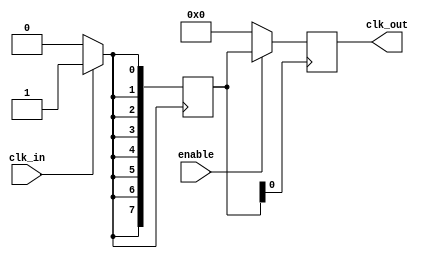
module clock_buffer (
    input  wire clk_in,       // Incoming clock signal
    input  wire enable,       // Enable signal for the output
    output reg  [N-1:0] clk_out // High fanout clock outputs 
);

// Parameter for number of outputs and other configurations
parameter N = 8; // Number of clock outputs
parameter DELAY = 2; // Propagation delay in time units (can be adjusted)

// Internal signal for the conditioned clock signal
reg clk_conditioned;

// Input Buffer (Schmitt Trigger like behavior)
always @* begin
    // Simple conditioning logic with hysteresis simulation
    if (clk_in) begin
        clk_conditioned <= 1'b1;
    end else begin
        clk_conditioned <= 1'b0;
    end
end

// Fanout Driver Stage
reg [N-1:0] clk_drivers;

// Stage to drive the high fanout
always @(posedge clk_conditioned) begin
    clk_drivers <= {N{clk_conditioned}}; // Drive all outputs
end

// Output Buffers
always @(posedge clk_drivers[0]) begin
    if (enable) begin
        clk_out <= clk_drivers; // Distribute the signal to all outputs
    end
    else begin
        clk_out <= {N{1'b0}}; // If disabled, drive outputs low
    end
end

endmodule